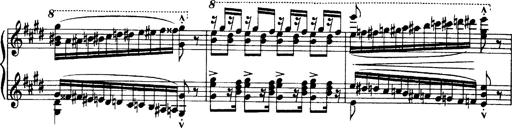
Title: OuvertÃ¼re zu TannhÃ¤user
Composer: Franz Liszt